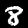
Digit: 8